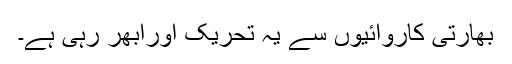
بھارتی کاروائیوں سے یہ تحریک اورابھر رہی ہے۔